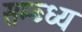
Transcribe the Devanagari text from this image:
सम्ब्ध्य